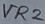
Text: VR2